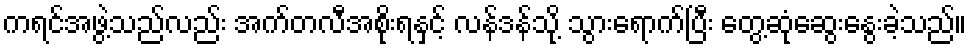
ကရင်အဖွဲ့သည်လည်း အက်တလီအစိုးရနှင့် လန်ဒန်သို့ သွားရောက်ပြီး တွေ့ဆုံဆွေးနွေးခဲ့သည်။